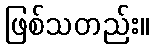
ဖြစ်သတည်း။